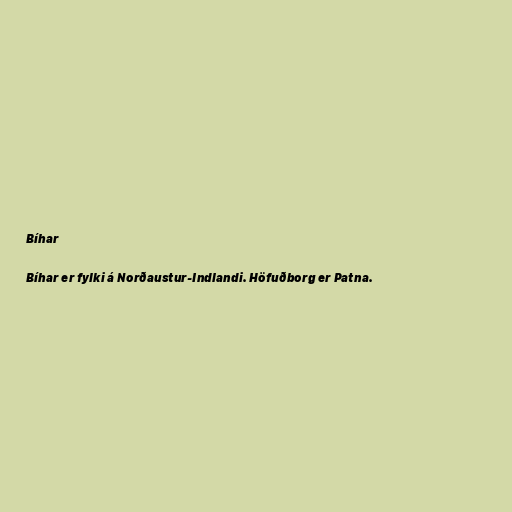
Bíhar

Bíhar er fylki á Norðaustur-Indlandi. Höfuðborg er Patna.